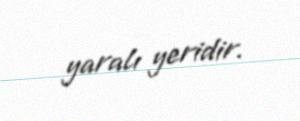
yaralı yeridir.